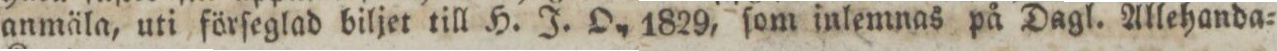
anmäla, uti förſeglad biljet till H. J. O., 1829, ſom inlemnas på Dagl. Allehanda=